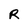
Character: R